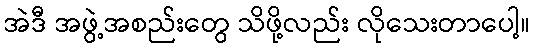
အဲဒီ အဖွဲ့အစည်းတွေ သိဖို့လည်း လိုသေးတာပေါ့။